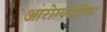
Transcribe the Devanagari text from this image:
आरोग्यसेविका